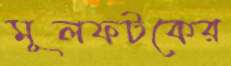
মূলফটকের